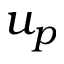
u _ { p }